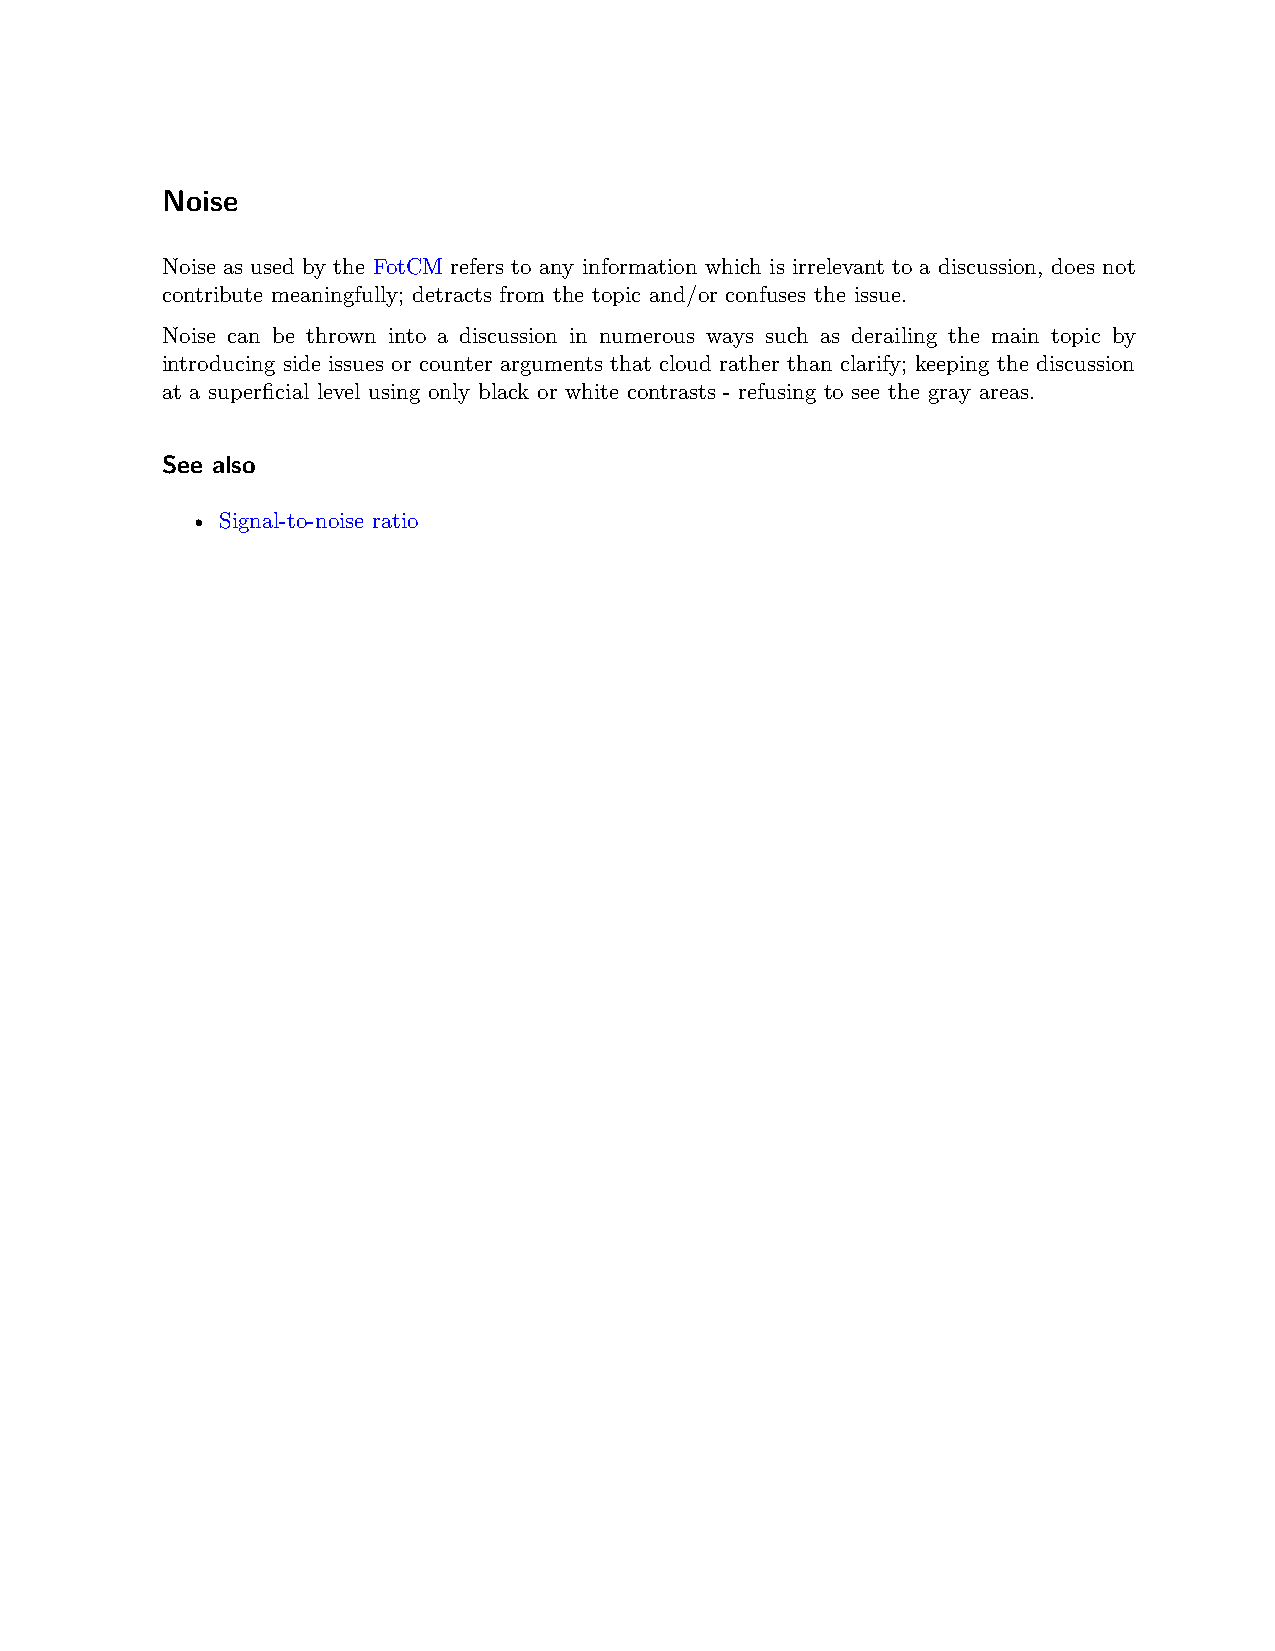
Noise
 Noise as used by the FotCM refers to any information which is irrelevant to a discussion, does not
 contribute meaningfully; detracts from the topic and/or confuses the issue.
 Noise can be thrown into a discussion in numerous ways such as derailing the main topic by
 introducing side issues or counter arguments that cloud rather than clarify; keeping the discussion
 at a superficial level using only black or white contrasts - refusing to see the gray areas.
 See also
 • Signal-to-noise ratio